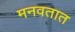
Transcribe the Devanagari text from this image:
मनवतात